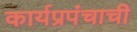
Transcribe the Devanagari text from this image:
कार्यप्रपंचाची